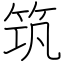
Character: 筑